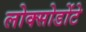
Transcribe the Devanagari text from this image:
लोक्सोडोंटे